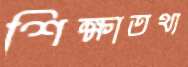
শিক্ষাতথ্য